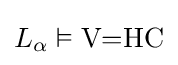
L_{\alpha }\vDash {\textrm {V=HC}}